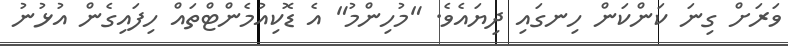
ވަރަށް ގިނަ ކަންކަން ހިނގައި ދިޔައެވެ. "މުހިންމު" އެ ޑޮކިއުމެންޓްތައް ހިފައިގެން އުޅުނު